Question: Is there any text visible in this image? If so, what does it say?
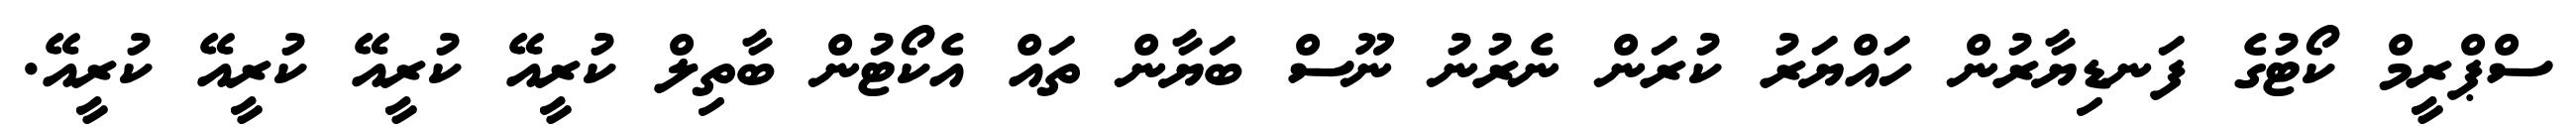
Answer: ސްޕްރީމް ކޯޓުގެ ފަނޑިޔާރުން ހައްޔަރު ކުރަން ނެރުނު ނޫސް ބަޔާން ތައް އެކޯޓުން ބާތިލް ކުރީއޭ ކުރީއޭ ކުރީއޭ ކުރީއޭ.